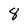
Character: 8